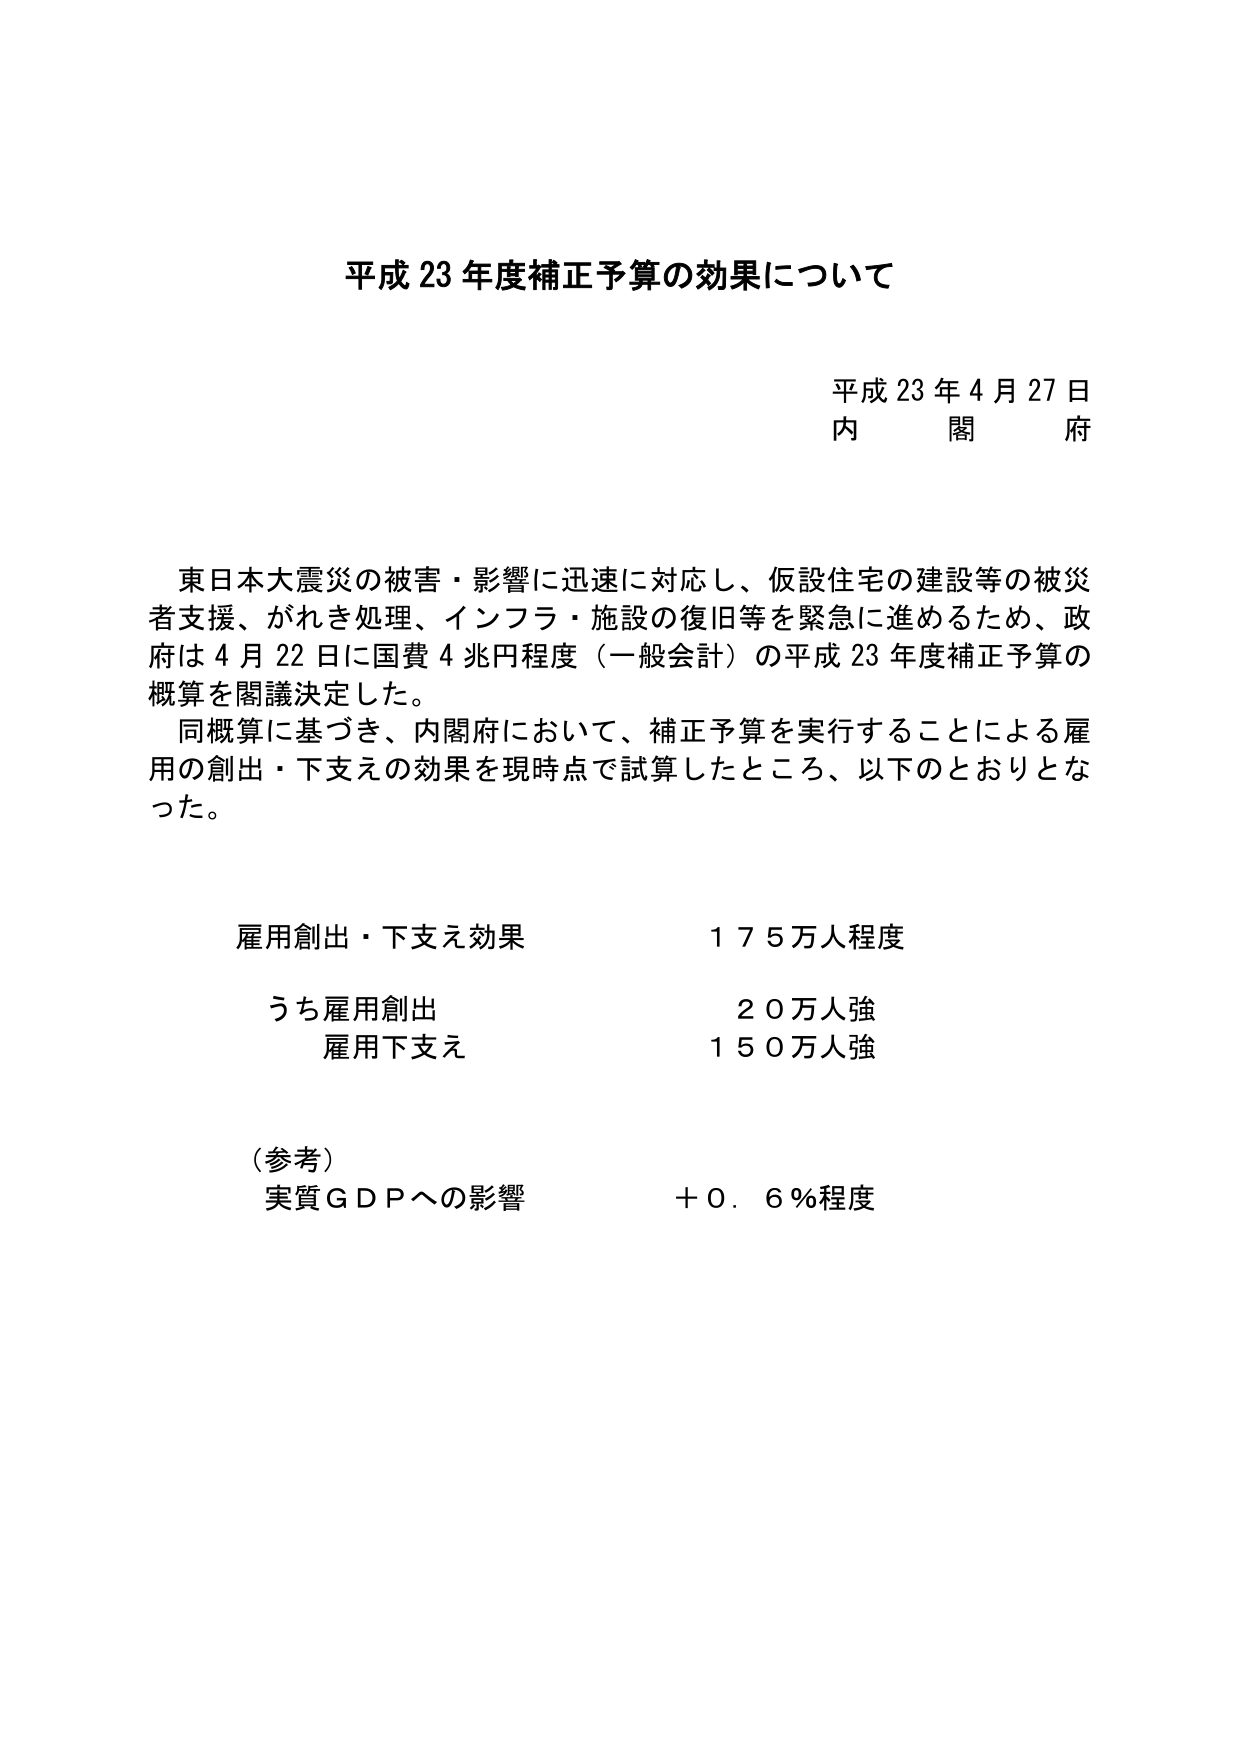
平成 23 年度補正予算の効果について

平成 23 年 4 月 27 日
内 閣 府

東日本大震災の被害・影響に迅速に対応し、仮設住宅の建設等の被災者支援、がれき処理、インフラ・施設の復旧等を緊急に進めるため、政府は 4 月 22 日に国費 4 兆円程度（一般会計）の平成 23 年度補正予算の概算を閣議決定した。
同概算に基づき、内閣府において、補正予算を実行することによる雇用の創出・下支えの効果を現時点で試算したところ、以下のとおりとなった。

雇用創出・下支え効果　　　　　１７５万人程度
　うち雇用創出　　　　　　　　　２０万人強
　　雇用下支え　　　　　　　　　１５０万人強

（参考）
　実質ＧＤＰへの影響　　　　　　＋０．６％程度